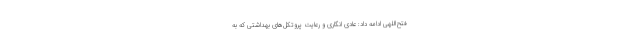
فتح‌اللهی ادامه داد: عادی انگاری و رعایت پروتکل‌های بهداشتی که به